Civil Veterinary Dept. North-West Frontier Province 1901-22 - 1901-1922
Year: 1901
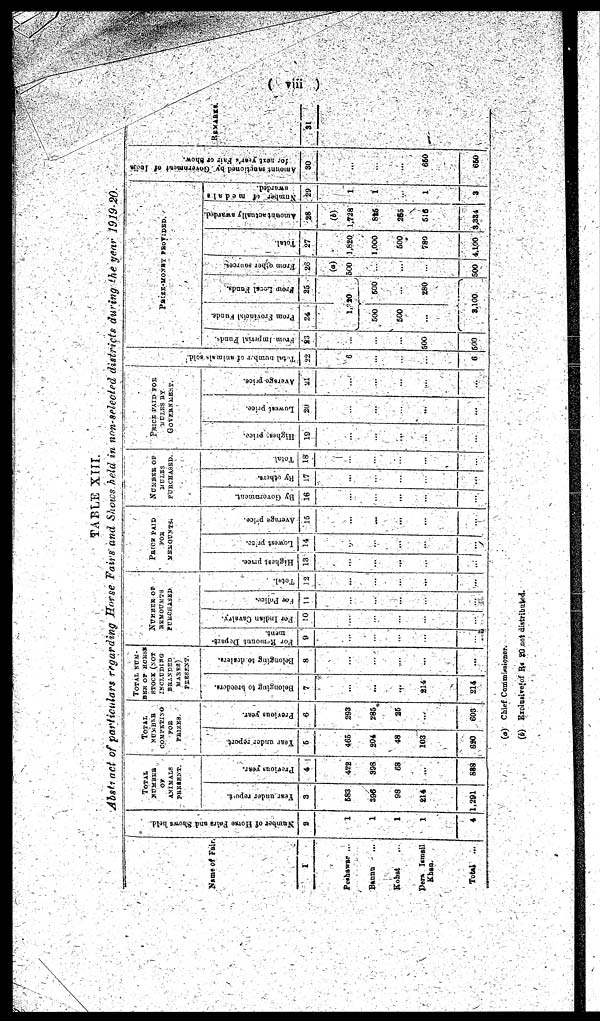
(viii)
TABLE XIII.
Abstract of particulars regarding Cattle Fairs and Shows held in non-selected districts during the year 1919-20.
Name of Fair
1
Peshawar ...
Bannu ...
Kohat ...
Dera Ismail
Khan.
Total ...
Nu mb e r of Horse Fairs and Shows held.
2
1
1
1
1
4
TOTAL
NUMBER
OF
ANIMALS
PRESENT
Year under report.
3
583
396
98
214
1,291
Previous
year.
4
428
398
68
...
888
TOTAL
NUMBER
CONVERTING
FOR
PRIZES
Year
under
report.
5
465
204
48
103
820
Previous year.
6
293
285
26
...
603
TOTAL NUM¬
BER OF
STOCK (NOT
INCLUDING
BRANDED
MARES)
PRESENT
Belonging to breeders.
7
...
...
...
214
214
Belonging to deslers.
8
...
...
...
...
...
NUMBER OF
REMOUNTS
PURCHASED
For
Remount
depart-
ment
9
...
...
...
...
...
For Indian Cavalry
10
...
...
...
...
...
For Police.
11
...
...
...
...
...
Total.
12
...
...
...
...
...
PRICE PAID
FOR
REMOUNTS
Highest
Price.
13
...
...
...
...
...
Lowest
Price.
14
..
...
...
...
...
Average price.
15
...
..
...
...
...
NUMBER OF
MULES
PURCHASED
By
Government.
16
...
...
...
...
...
By others.
17
...
..
...
...
...
Total.
18
..
..
...
...
...
PRICE PAID FOR
MULES BY
GOVERNMENT
Highest
Price.
19
...
...
...
...
...
Lowest
Price.
20
...
...
...
...
...
Average price.
21
...
...
...
...
...
Total number of animals sold
22
6
...
...
...
6
PRIZE-MONEY PROVIDED.
From Imeprial Funds.
23
...
...
...
500
600
From Provincial Funds.
24
From Local Funds.
25
1320
500
500
...
500
...
280
3,100
From other sources.
26
(a)
500
...
...
...
500
Total.
27
1,820
1,000
600
780
4,100
Amount actually awarded.
28
(b)
1,728
826
265
516
3,334
Number
of
medals
29
1
1
...
1
3
Amounts sanctioned by Government of India
for next year's Fair or Shows.
30
...
...
...
650
650
REMARKS
31
(a) Chief
Commissioner.
(b) Exclusive of Rs 20 not distributed.